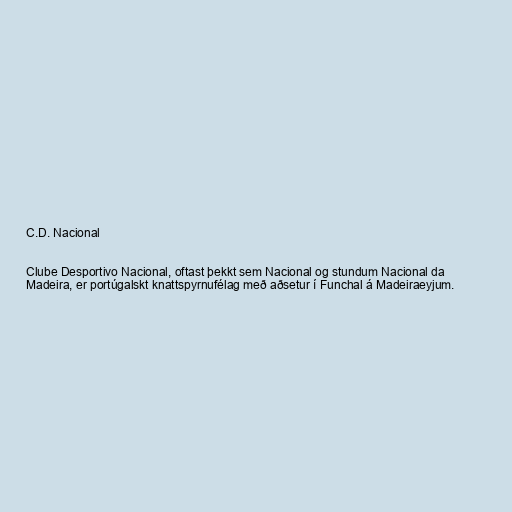
C.D. Nacional

Clube Desportivo Nacional, oftast þekkt sem Nacional og stundum Nacional da
Madeira, er portúgalskt knattspyrnufélag með aðsetur í Funchal á Madeiraeyjum.